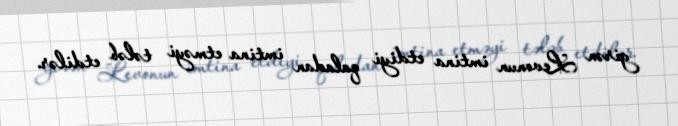
girən Levonun imtina etdiyi qaladan imtina etməyi tələb etdilər.